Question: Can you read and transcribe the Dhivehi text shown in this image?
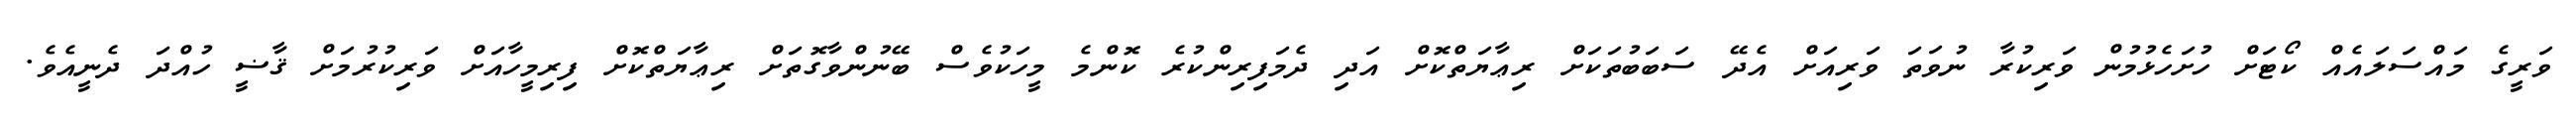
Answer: ވަރީގެ މައްސަލައެއް ކޯޓަށް ހުށަހެޅުމުން ވަރިކުރާ ނުވަތަ ވަރިއަށް އެދޭ ސަބަބުތަކަށް ރިޢާޔަތްކޮށް އަދި ދެމަފިރިންކުރެ ކޮންމެ މީހަކުވެސް ބޭނުންވާގޮތަށް ރިޢާޔަތްކޮށް ފިރިމީހާއަށް ވަރިކުރުމަށް ޤާޟީ ހުއްދަ ދެނީއެވެ.